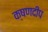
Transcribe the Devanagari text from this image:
क्षणदीप